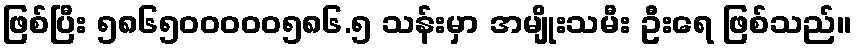
ဖြစ်ပြီး ၅၈၆၅၀၀၀၀၀၅၈၆.၅ သန်းမှာ အမျိုးသမီး ဦးရေ ဖြစ်သည်။